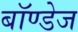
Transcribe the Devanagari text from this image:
बॉण्डेज